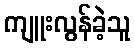
ကျူးလွန်ခဲ့သူ